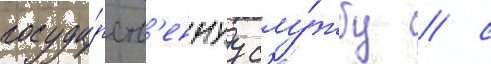
госуда́рств'еннуу слу́жбу / с